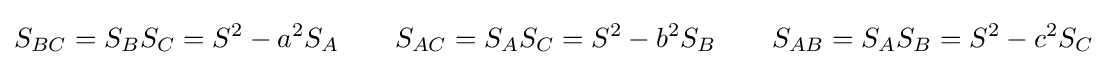
S_{BC}=S_{B}S_{C}=S^{2}-a^{2}S_{A}\quad \quad S_{AC}=S_{A}S_{C}=S^{2}-b^{2}S_{B}\quad \quad S_{AB}=S_{A}S_{B}=S^{2}-c^{2}S_{C}